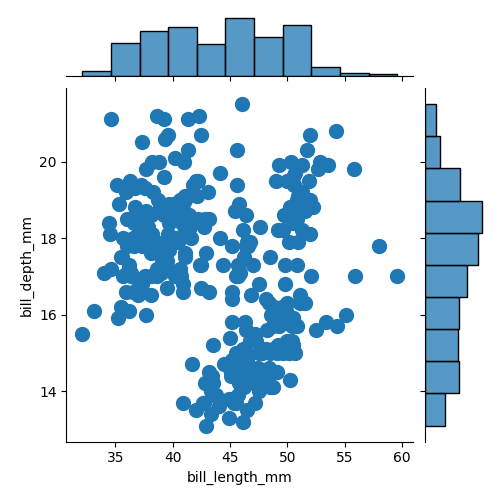
python, seaborn, jointplot, kind='scatter', height='5', ratio='5', marginal_ticks='False'